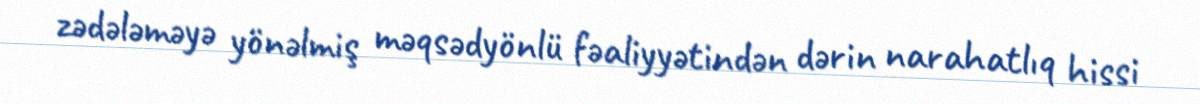
zədələməyə yönəlmiş məqsədyönlü fəaliyyətindən dərin narahatlıq hissi